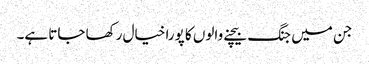
جن میں جنگ بیچنے والوں کا پورا خیال رکھا جاتا ہے۔